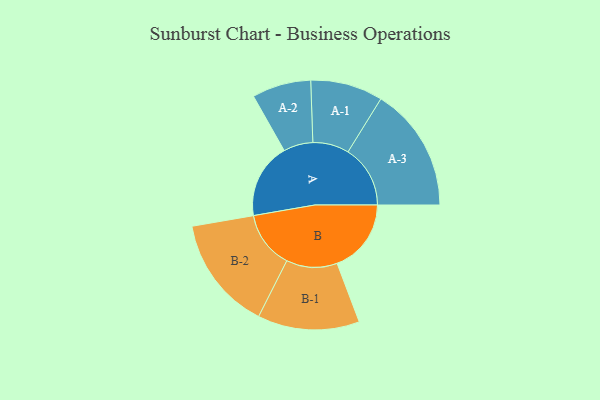
{"axis": {"x": "Segment", "y": "Value"}, "legend": ["", "A", "B"], "data": [{"x": "A", "y": 337, "type": ""}, {"x": "B", "y": 332, "type": ""}, {"x": "A-1", "y": 162, "type": "A"}, {"x": "A-2", "y": 132, "type": "A"}, {"x": "A-3", "y": 279, "type": "A"}, {"x": "B-1", "y": 228, "type": "B"}, {"x": "B-2", "y": 256, "type": "B"}]}